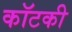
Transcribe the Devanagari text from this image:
कॉटकी